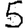
Digit: 5